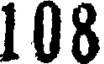
108